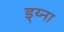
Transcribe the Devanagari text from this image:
ड्य्ना